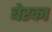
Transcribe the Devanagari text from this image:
बेरका